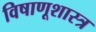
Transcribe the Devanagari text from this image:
विषाणूशास्त्र